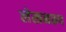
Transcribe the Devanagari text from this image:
लेखनरूप